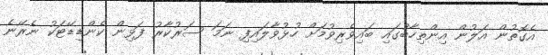
އެގޮތުން އަލުން އިންތިހާބުގައި ބައިވެރިވުމަށް ހުޅުވާލައިފި ނަމަ ސަރުކާރު ފަޅިން ކެންޑިޑޭޓަކު ނެރޭނެ